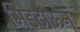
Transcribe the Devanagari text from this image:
मिडटाऊन